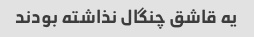
یه قاشق چنگال نذاشته بودند